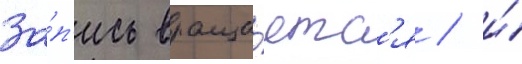
За́п'ись враща́етс'я / и́